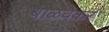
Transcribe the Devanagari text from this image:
बाळवेकर